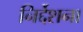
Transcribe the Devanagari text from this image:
निर्द्देशना